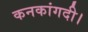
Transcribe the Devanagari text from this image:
कनकांगदी।